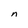
Character: n